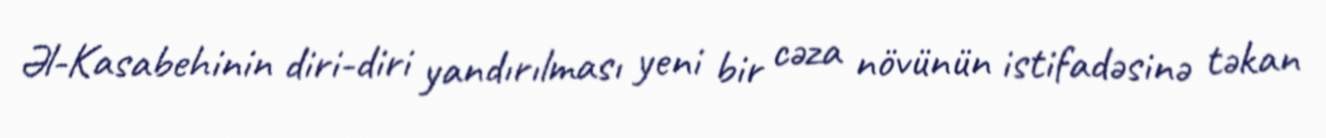
Əl-Kasabehinin diri-diri yandırılması yeni bir cəza növünün istifadəsinə təkan